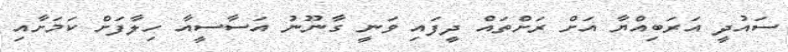
ސައުދީ އަރަބިއްޔާ އަށް ރަށްތައް ދީފައި ވަނީ ގާނޫނު އަސާސީއާ ހިލާފަށް ކަމަށާއި